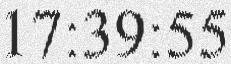
17:39:55